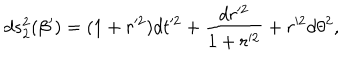
d s _ { 2 } ^ { 2 } ( \beta ^ { \prime } ) = ( 1 + r ^ { 2 } ) d t ^ { 2 } + \frac { d r ^ { 2 } } { 1 + r ^ { 2 } } + r ^ { 2 } d \theta ^ { 2 } ,